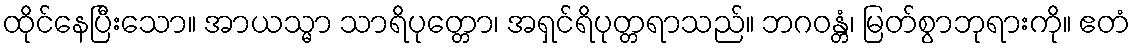
ထိုင်နေပြီးသော။ အာယသ္မာ သာရိပုတ္တော၊ အရှင်ရိပုတ္တရာသည်။ ဘဂဝန္တံ၊ မြတ်စွာဘုရားကို။ ဧတံ